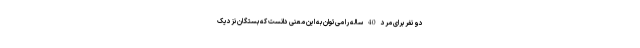
دو نفر برای مرد 40 ساله را می‌توان به این معنی دانست که بستگان نزدیک